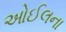
ઓઈલના